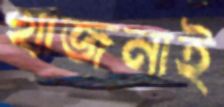
খাজনাই